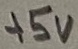
Text: +5V